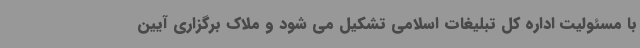
با مسئولیت اداره کل تبلیغات اسلامی تشکیل می شود و ملاک برگزاری آیین